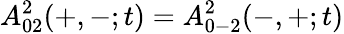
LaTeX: A_{02}^{2}(+,-;t)=A_{0-2}^{2}(-,+;t)